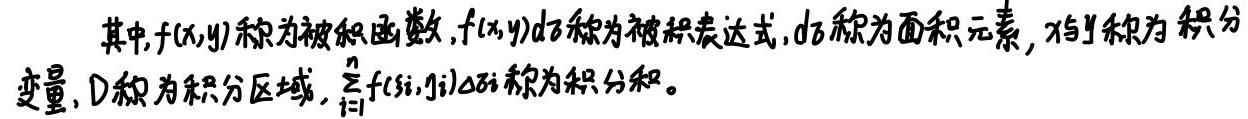
其中，$f(x,y)$称为被积函数，$f(x,y)d\sigma$称为被积表达式，$d\sigma$称为面积元素，$x,y$称为积分变量，$D$称为积分区域，$\sum_{i = 1}^{n}f(\xi_i,\eta_i)\Delta\sigma_i$称为积分和。